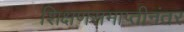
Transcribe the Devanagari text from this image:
शिक्षणसमाप्तीनंतर